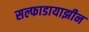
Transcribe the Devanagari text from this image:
सल्फाडायाझीन